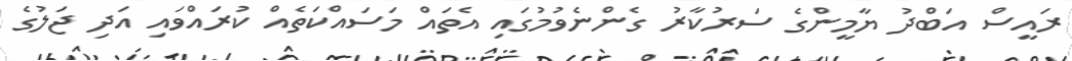
ރައީސް އަބްދު ޔާމީންގެ ސަރުކާރު ގެންނެވުމުގައި އެތައް މަސައްކަތެއް ކުރައްވައި އަދި ޖަލުގެ